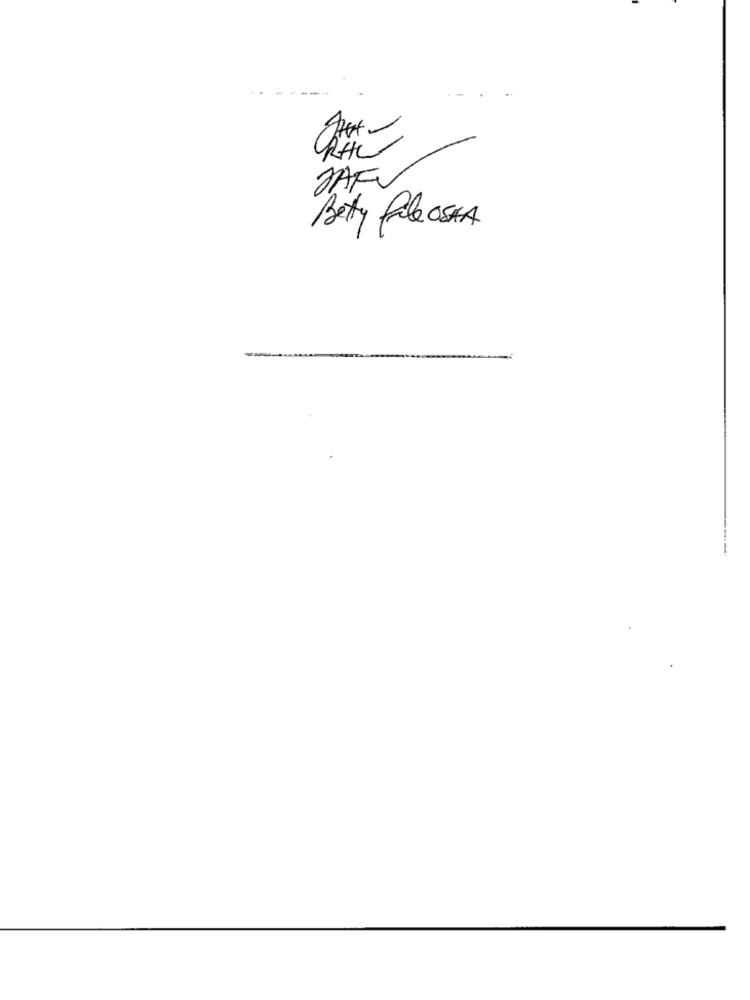
JAK
Betty fale OSHA